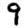
Digit: 9